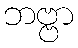
ဘဗ္ဗာ